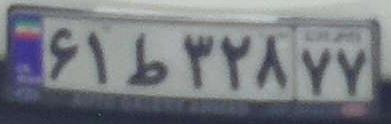
۶۱ط۳۲۸۷۷